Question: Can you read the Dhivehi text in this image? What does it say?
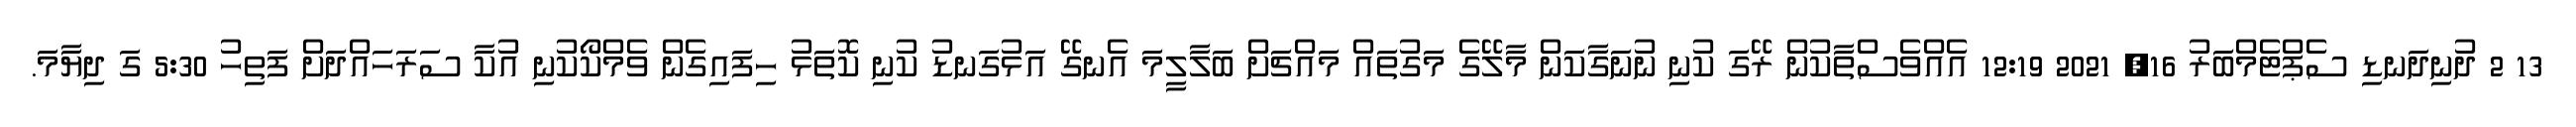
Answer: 13 2 ދުނިދަނޑި ސެޕްޓެމްބަރު 16, 2021 12:19 އެއްވެސްތާކުން ރޭގަ ކުނި ނުނަގާކަން މާލޭގެ މަގުތައް މައްޗަށް ބަލާލީމަ އެނގޭ އަޅުގަނޑު ކުނި ކޮތަޅު ހިފައިގެން ވެމްކޯކުނި އުކާ ސަރަހައްދަށް ފަތިހު 5:30 ގަ ދިޔާމަ.